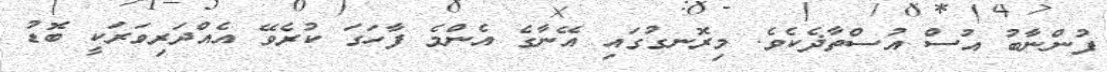
ފުންނާބު އުސް އުސްތާޛެކެވެ. މިރޮނގުގައި އޭނާގެ އެންމެ ފާހަގަ ކުރެވޭ އެއްދަރިވަރަކީ ބޮޑު